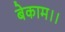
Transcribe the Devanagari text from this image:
बेकाम।।